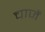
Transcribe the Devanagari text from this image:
चाजें